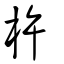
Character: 杵